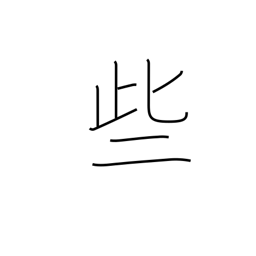
Meaning: sometimes